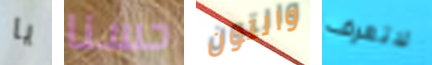
يا حسنا والتون لاتعرف